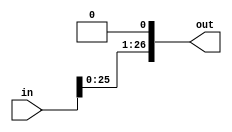
module shift_left_1 (out, in) ;
output	[26:0]		out ;
input	[26:0]		in ;

assign		 	 out[00] = 1'b0 ;
buf		b_01	(out[01], in[00]) ;
buf		b_02	(out[02], in[01]) ;
buf		b_03	(out[03], in[02]) ;
buf		b_04	(out[04], in[03]) ;
buf		b_05	(out[05], in[04]) ;
buf		b_06	(out[06], in[05]) ;
buf		b_07	(out[07], in[06]) ;
buf		b_08	(out[08], in[07]) ;
buf		b_09	(out[09], in[08]) ;
buf		b_10	(out[10], in[09]) ;
buf		b_11	(out[11], in[10]) ;
buf		b_12	(out[12], in[11]) ;
buf		b_13	(out[13], in[12]) ;
buf		b_14	(out[14], in[13]) ;
buf		b_15	(out[15], in[14]) ;
buf		b_16	(out[16], in[15]) ;
buf		b_17	(out[17], in[16]) ;
buf		b_18	(out[18], in[17]) ;
buf		b_19	(out[19], in[18]) ;
buf		b_20	(out[20], in[19]) ;
buf		b_21	(out[21], in[20]) ;
buf		b_22	(out[22], in[21]) ;
buf		b_23	(out[23], in[22]) ;
buf		b_24	(out[24], in[23]) ;
buf		b_25	(out[25], in[24]) ;
buf		b_26	(out[26], in[25]) ;

endmodule // shift_left_1